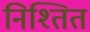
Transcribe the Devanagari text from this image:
निश्तित